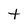
Character: t